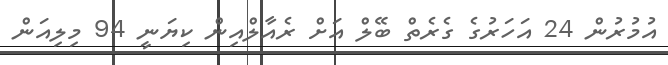
އުމުރުން 24 އަހަރުގެ ގެރެތް ބޭލް އަށް ރެއާލްއިން ކިޔަނީ 94 މިލިއަން